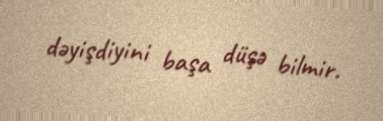
dəyişdiyini başa düşə bilmir.